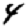
Digit: 4